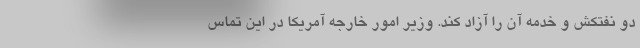
دو نفتکش و خدمه آن را آزاد کند. وزیر امور خارجه آمریکا در این تماس